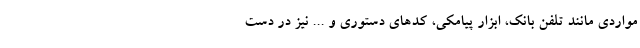
مواردی مانند تلفن بانک، ابزار پیامکی، کدهای دستوری و ... نیز در دست